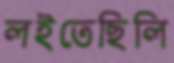
লইতেছিলি